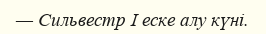
— Сильвестр І еске алу күні.